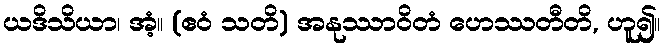
ယဒိသိယာ၊ အံ့။ (ဧဝံ သတိ) အနုဿာဝိတံ ဟေဿတီတိ, ဟူ၍။